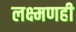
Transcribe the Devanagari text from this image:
लक्ष्मणही